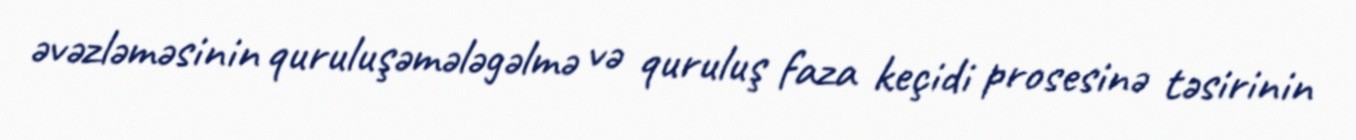
əvəzləməsinin quruluşəmələgəlmə və quruluş faza keçidi prosesinə təsirinin